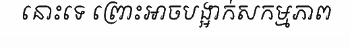
នោះទេ ព្រោះអាចបង្អាក់សកម្មភាព